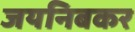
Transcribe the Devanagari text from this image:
जयनिबकर